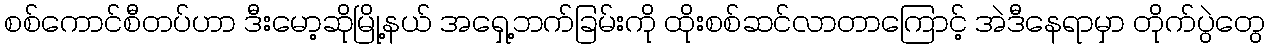
စစ်ကောင်စီတပ်ဟာ ဒီးမော့ဆိုမြို့နယ် အရှေ့ဘက်ခြမ်းကို ထိုးစစ်ဆင်လာတာကြောင့် အဲဒီနေရာမှာ တိုက်ပွဲတွေ